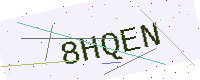
Text: 8HQEN